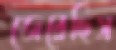
জেরেছিস